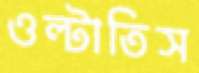
ওল্‌টাতিস